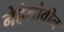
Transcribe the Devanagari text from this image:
नेहेलोवीन